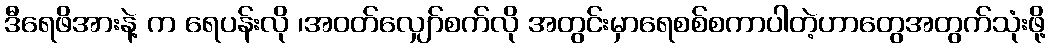
ဒီရေဖိအားနဲ့ က ရေပန်းလို ၊အဝတ်လျှော်စက်လို အတွင်းမှာရေစစ်စကာပါတဲ့ဟာတွေအတွက်သုံးဖို့